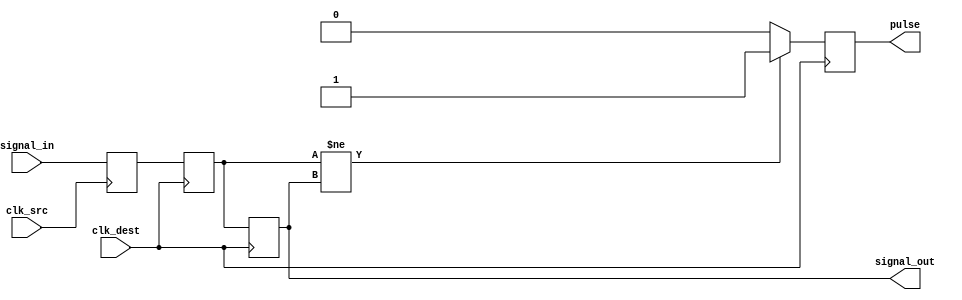
module pulsed_synchronizer (
    input wire clk_src,        // Source clock
    input wire clk_dest,       // Destination clock
    input wire signal_in,      // Input signal from source domain
    output reg signal_out,     // Synchronized signal in destination domain
    output reg pulse           // Pulse signal indicating a successful capture
);

// Internal signals
reg signal_stage1; // Stage 1 output
reg signal_stage2; // Stage 2 output

// First flip-flop: sample the input signal on the source clock
always @(posedge clk_src) begin
    signal_stage1 <= signal_in; // Capture input signal
end

// Second flip-flop: sample the first stage output on the destination clock
always @(posedge clk_dest) begin
    signal_stage2 <= signal_stage1; // Capture the output of the first flip-flop
end

// Output signal and pulse generation
always @(posedge clk_dest) begin
    signal_out <= signal_stage2; // Output the synchronized signal

    // Generate pulse when signal_stage2 changes
    if (signal_stage2 != signal_out) begin
        pulse <= 1'b1;           // Activate pulse
    end else begin
        pulse <= 1'b0;           // Deactivate pulse
    end
end

endmodule